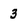
Character: 3